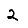
Digit: 2